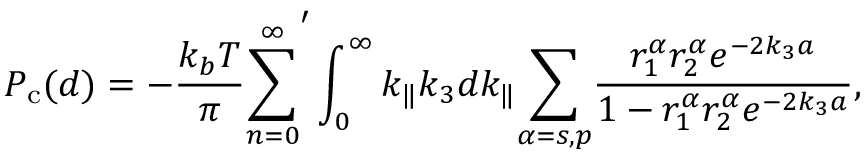
P _ { \mathrm { c } } ( d ) = - \frac { k _ { b } T } { \pi } \overset { \infty } { \underset { n = 0 } { \sum } } ^ { \prime } \int _ { 0 } ^ { \infty } k _ { \Vert } k _ { 3 } d k _ { \Vert } \underset { \alpha = s , p } { \sum } \frac { r _ { 1 } ^ { \alpha } r _ { 2 } ^ { \alpha } e ^ { - 2 k _ { 3 } a } } { 1 - r _ { 1 } ^ { \alpha } r _ { 2 } ^ { \alpha } e ^ { - 2 k _ { 3 } a } } ,